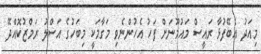
މިއަދު އެބޭފުޅާ ރައީސް މައުމޫނަށް ފަހު އެހުންނެވި މަގާމަކީ މިބަހުގެ އަސްލު ރަމްޒުކޮއްދޭ